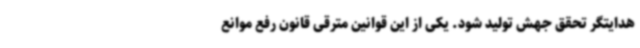
هدایتگر تحقق جهش تولید شود. یکی از این قوانین مترقی قانون رفع موانع